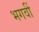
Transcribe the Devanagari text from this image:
भगवीं